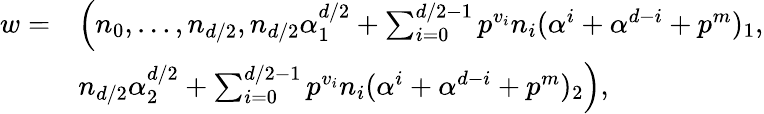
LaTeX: \begin{array}{rl}{w=}&{\Big(n_{0},\ldots,n_{d/2},n_{d/2}\alpha_{1}^{d/2}+\sum_{i=0}^{d/2-1}p^{v_{i}}n_{i}(\alpha^{i}+\alpha^{d-i}+p^{m})_{1},}\\ &{n_{d/2}\alpha_{2}^{d/2}+\sum_{i=0}^{d/2-1}p^{v_{i}}n_{i}(\alpha^{i}+\alpha^{d-i}+p^{m})_{2}\Big),}\end{array}